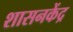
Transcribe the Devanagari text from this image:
शासनकेंद्र